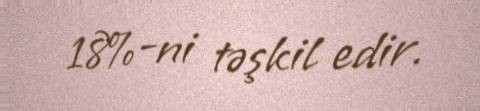
18%-ni təşkil edir.